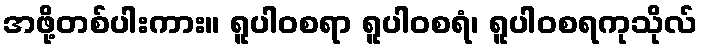
အဖို့တစ်ပါးကား။ ရူပါဝစရာ ရူပါဝစရံ၊ ရူပါဝစရကုသိုလ်